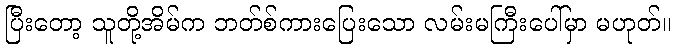
ပြီးတော့ သူတို့အိမ်က ဘတ်စ်ကားပြေးသော လမ်းမကြီးပေါ်မှာ မဟုတ်။